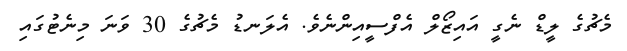
މެޗުގެ ލީޑް ނެގީ އައިޒޯލް އެފްސީއިންނެވެ. އެލަނޑު މެޗުގެ 30 ވަނަ މިނެޓުގައި